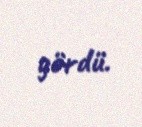
gördü.